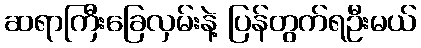
ဆရာကြီးခြေလှမ်းနဲ့ ပြန်တွက်ရဦးမယ်